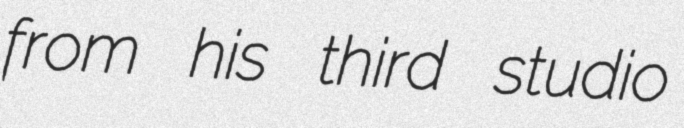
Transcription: from his third studio